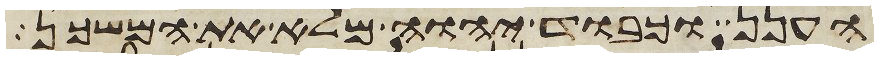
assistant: הענן וכבוד יהוה מלא את המשכן